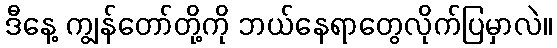
ဒီနေ့ ကျွန်တော်တို့ကို ဘယ်နေရာတွေလိုက်ပြမှာလဲ။